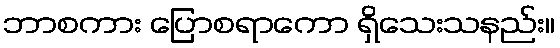
ဘာစကား ပြောစရာကော ရှိသေးသနည်း။